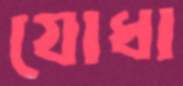
যোধা